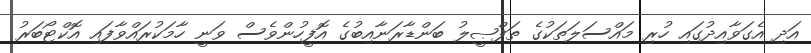
އަދި އެގަވާއިދުގައި ހުރި މައްސަލަތަކުގެ ތަފްޞީލު ބަންޑާރަނާއިބުގެ އޮފީހުންވެސް ވަނީ ހާމަކުރައްވާފައި އޮކްޓޯބަރު